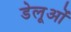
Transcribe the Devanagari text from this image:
डेलूओं